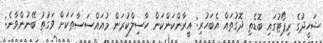
ޝަހީދުގެ ރިޕޯޓުގައި ބޮޑެތި ދޮގުތައް އެބަހުރި: އީރާންކަންކަން ހާސިލްކުރަން މުއައްސަސާތަކަށް ވަގުތު ބޭނުންވާނެ: